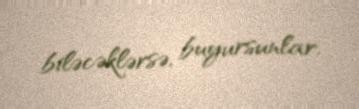
biləcəklərsə, buyursunlar.